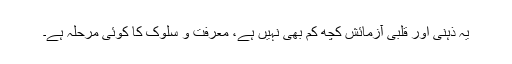
یہ ذہنی اور قلبی آزمائش کچھ کم بھی نہیں ہے، معرفت و سلوک کا کوئی مرحلہ ہے۔